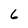
Character: 6